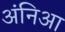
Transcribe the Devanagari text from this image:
अंनिआ